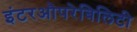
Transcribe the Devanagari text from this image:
इंटरऔपरेबिलिटी